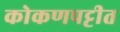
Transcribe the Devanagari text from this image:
कोकणपट्टीत